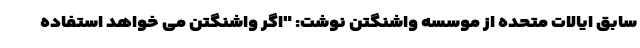
سابق ایالات متحده از موسسه واشنگتن نوشت: "اگر واشنگتن می خواهد استفاده